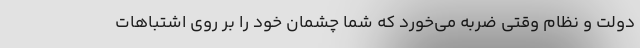
دولت و نظام وقتی ضربه می‌خورد که شما چشمان خود را بر روی اشتباهات